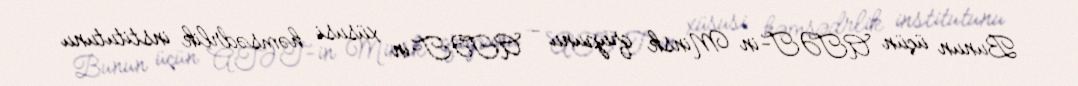
Bunun üçün ATƏT-in Minsk qrupunu - ATƏT-in xüsusi həmsədrlik institutunu